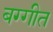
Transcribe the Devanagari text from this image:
बग्गीत